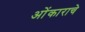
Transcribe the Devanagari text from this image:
ओंकाराचे